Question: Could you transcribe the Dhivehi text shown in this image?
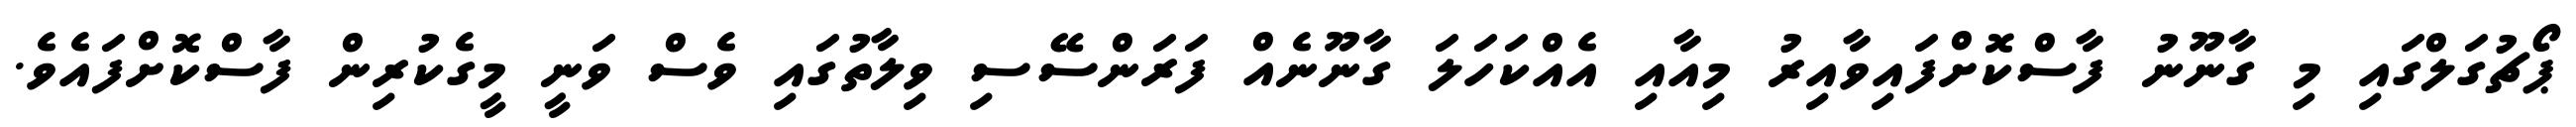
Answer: ޕޯޗުގަލްގައި މި ގާނޫނު ފާސްކޮށްފައިވާއިރު މިއާއި އެއްކަހަލަ ގާނޫނެއް ފަރަންސޭސި ވިލާތުގައި ވެސް ވަނީ މީގެކުރިން ފާސްކޮށްފައެވެ.